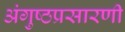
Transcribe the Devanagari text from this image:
अंगुष्ठप्रसारणी